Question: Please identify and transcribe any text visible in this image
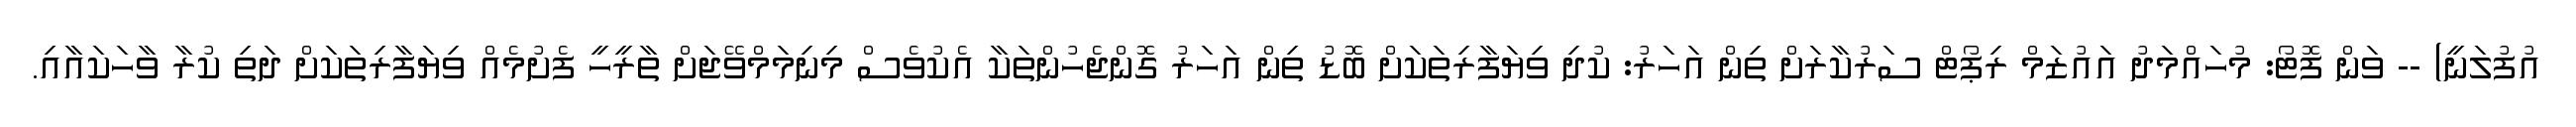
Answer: އުފުލަނީ) -- ވަން ފޮޓޯ: މުހައްމަދު އައުޒަމް ރިޕޯޓް ސަރުކާރަށް ތިން އަހަރު: ކުދި ވިޔަފާރިތަކަށް ބޮޑު ތިން އަހަރު ގޮންޖެހުންތަކާ އެކުވެސް މިނިމަމްވޭޖަށް ތާރީހީ ފެށުމެއް ވިޔަފާރިތަކަށް ދަތި ކުރާ ވާހަކައާއި.